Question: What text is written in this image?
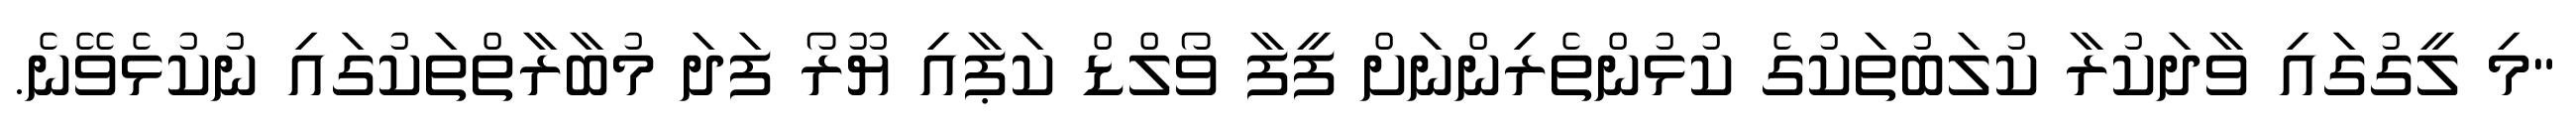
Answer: "މި ލީގުގައި ވާދަކުރާ ކުލަބުތަކުގެ ކުޅުންތެރިންނަށް ފީފާ ވޯލްޑް ކަޕާއި ޔޫރޯ ފަދަ މުބާރާތްތަކުގައި ނުކުޅެވޭނެ.